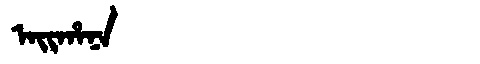
Manchu: ᠠᡳᡥᠠᠨᠠ
Romanization: AIHANA